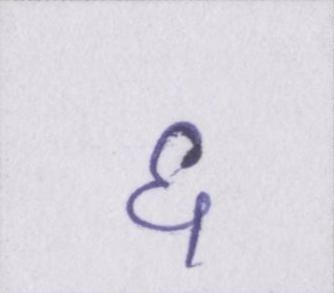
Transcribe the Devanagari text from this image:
६